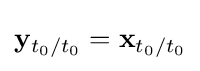
\mathbf {y} _{t_{0}/t_{0}}=\mathbf {x} _{t_{0}/t_{0}}